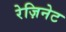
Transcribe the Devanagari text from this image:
रेज़िनेट